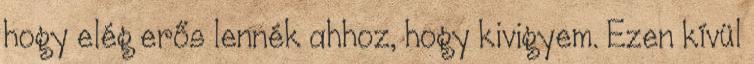
hogy elég erős lennék ahhoz, hogy kivigyem. Ezen kívül